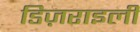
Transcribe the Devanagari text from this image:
डिज़राइली